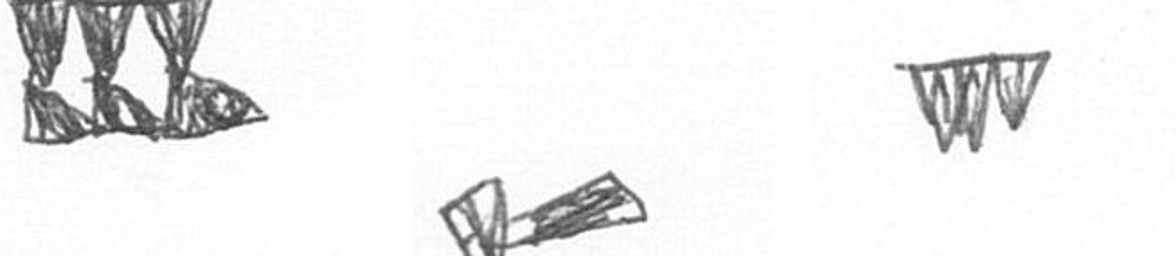
D F L